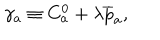
\gamma _ { a } \equiv C _ { a } ^ { 0 } + \lambda \overline { { { p } } } _ { a } ,